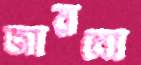
জারবো